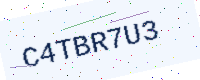
Text: C4TBR7U3